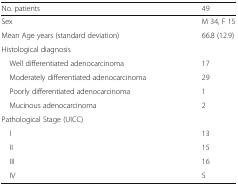
| No. patients | 49 |
 | --- | --- |
 | Sex | M 34, F 15 |
 | Mean Age years (standard deviation) | 66.8 (12.9) |
 | <COLSPAN=2> Histological diagnosis |
 | Well differentiated adenocarcinoma | 17 |
 | Moderately differentiated adenocarcinoma | 29 |
 | Poorly differentiated adenocarcinoma | 1 |
 | Mucinous adenocarcinoma | 2 |
 | <COLSPAN=2> Pathological Stage (UICC) |
 | I | 13 |
 | II | 15 |
 | III | 16 |
 | IV | 5 |